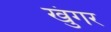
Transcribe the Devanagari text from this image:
खुंगर